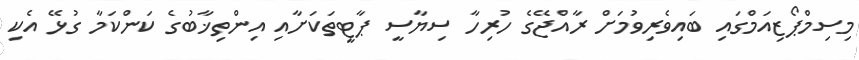
މިސިމްޕޯޒިއަމްގައި ބައިވެރިވުމަށް ރާއްޖޭގެ ހުރިހާ ސިޔާސީ ޕާޓީތަކަށާއި އިންތިޚާބުގެ ކަންކަމާ ގުޅޭ އެކި